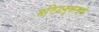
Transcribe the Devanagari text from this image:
मगिळवृक्षाखाली